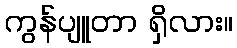
ကွန်ပျူတာ ရှိလား။